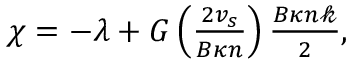
\begin{array} { r } { \chi = - \lambda + G \left( \frac { 2 v _ { s } } { B \kappa n } \right) \frac { B \kappa n \mathcal { k } } { 2 } , } \end{array}